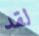
لقد